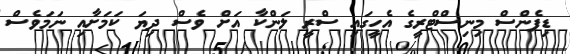
ޑިފެންސް މިނިސްޓްރީގެ އެހީގައި ސްރީ ލަންކާ އަށް ވެސް ދިޔަ ކަމަށާއި ނަމަވެސް